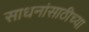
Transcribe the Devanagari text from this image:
साधनांसाठीच्या